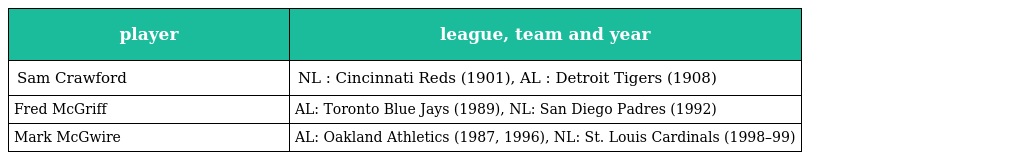
| player | league, team and year |
 | --- | --- |
 | Sam Crawford | NL : Cincinnati Reds (1901), AL : Detroit Tigers (1908) |
 | Fred McGriff | AL: Toronto Blue Jays (1989), NL: San Diego Padres (1992) |
 | Mark McGwire | AL: Oakland Athletics (1987, 1996), NL: St. Louis Cardinals (1998–99) |